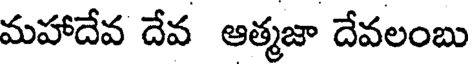
మహాదేవ దేవ ఆత్మజా దేవలంబు